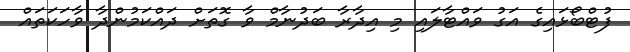
ފުޓްބޯޅައިގެ އަގު ވައްޓާލައި މި އިދާރާ ބަދުނާމް ވާ ގޮތަށް ދައްކަމުންދާ ވާހަކަތައް